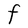
Character: F